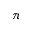
_ \pi